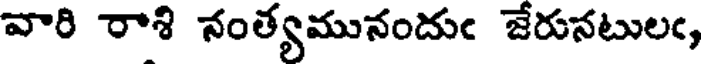
వారి రాశి నంత్యమునందుఁ జేరునటులఁ,